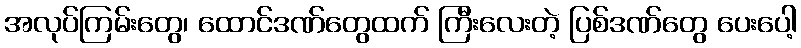
အလုပ်ကြမ်းတွေ၊ ထောင်ဒဏ်တွေထက် ကြီးလေးတဲ့ ပြစ်ဒဏ်တွေ ပေးပေါ့